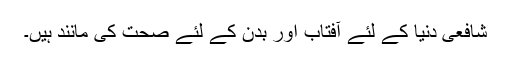
شافعی دُنیا کے لئے آفتاب اور بدن کے لئے صحت کی مانند ہیں۔